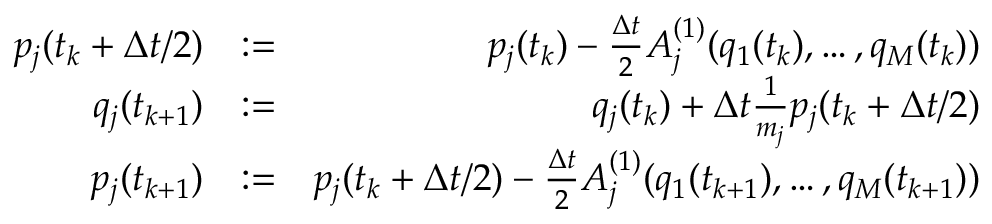
\begin{array} { r l r } { p _ { j } ( t _ { k } + \Delta t / 2 ) } & { : = } & { p _ { j } ( t _ { k } ) - \frac { \Delta t } { 2 } A _ { j } ^ { ( 1 ) } ( q _ { 1 } ( t _ { k } ) , \dots , q _ { M } ( t _ { k } ) ) } \\ { q _ { j } ( t _ { k + 1 } ) } & { : = } & { q _ { j } ( t _ { k } ) + \Delta t \frac { 1 } { m _ { j } } p _ { j } ( t _ { k } + \Delta t / 2 ) } \\ { p _ { j } ( t _ { k + 1 } ) } & { : = } & { p _ { j } ( t _ { k } + \Delta t / 2 ) - \frac { \Delta t } { 2 } A _ { j } ^ { ( 1 ) } ( q _ { 1 } ( t _ { k + 1 } ) , \dots , q _ { M } ( t _ { k + 1 } ) ) } \end{array}